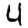
Digit: 4